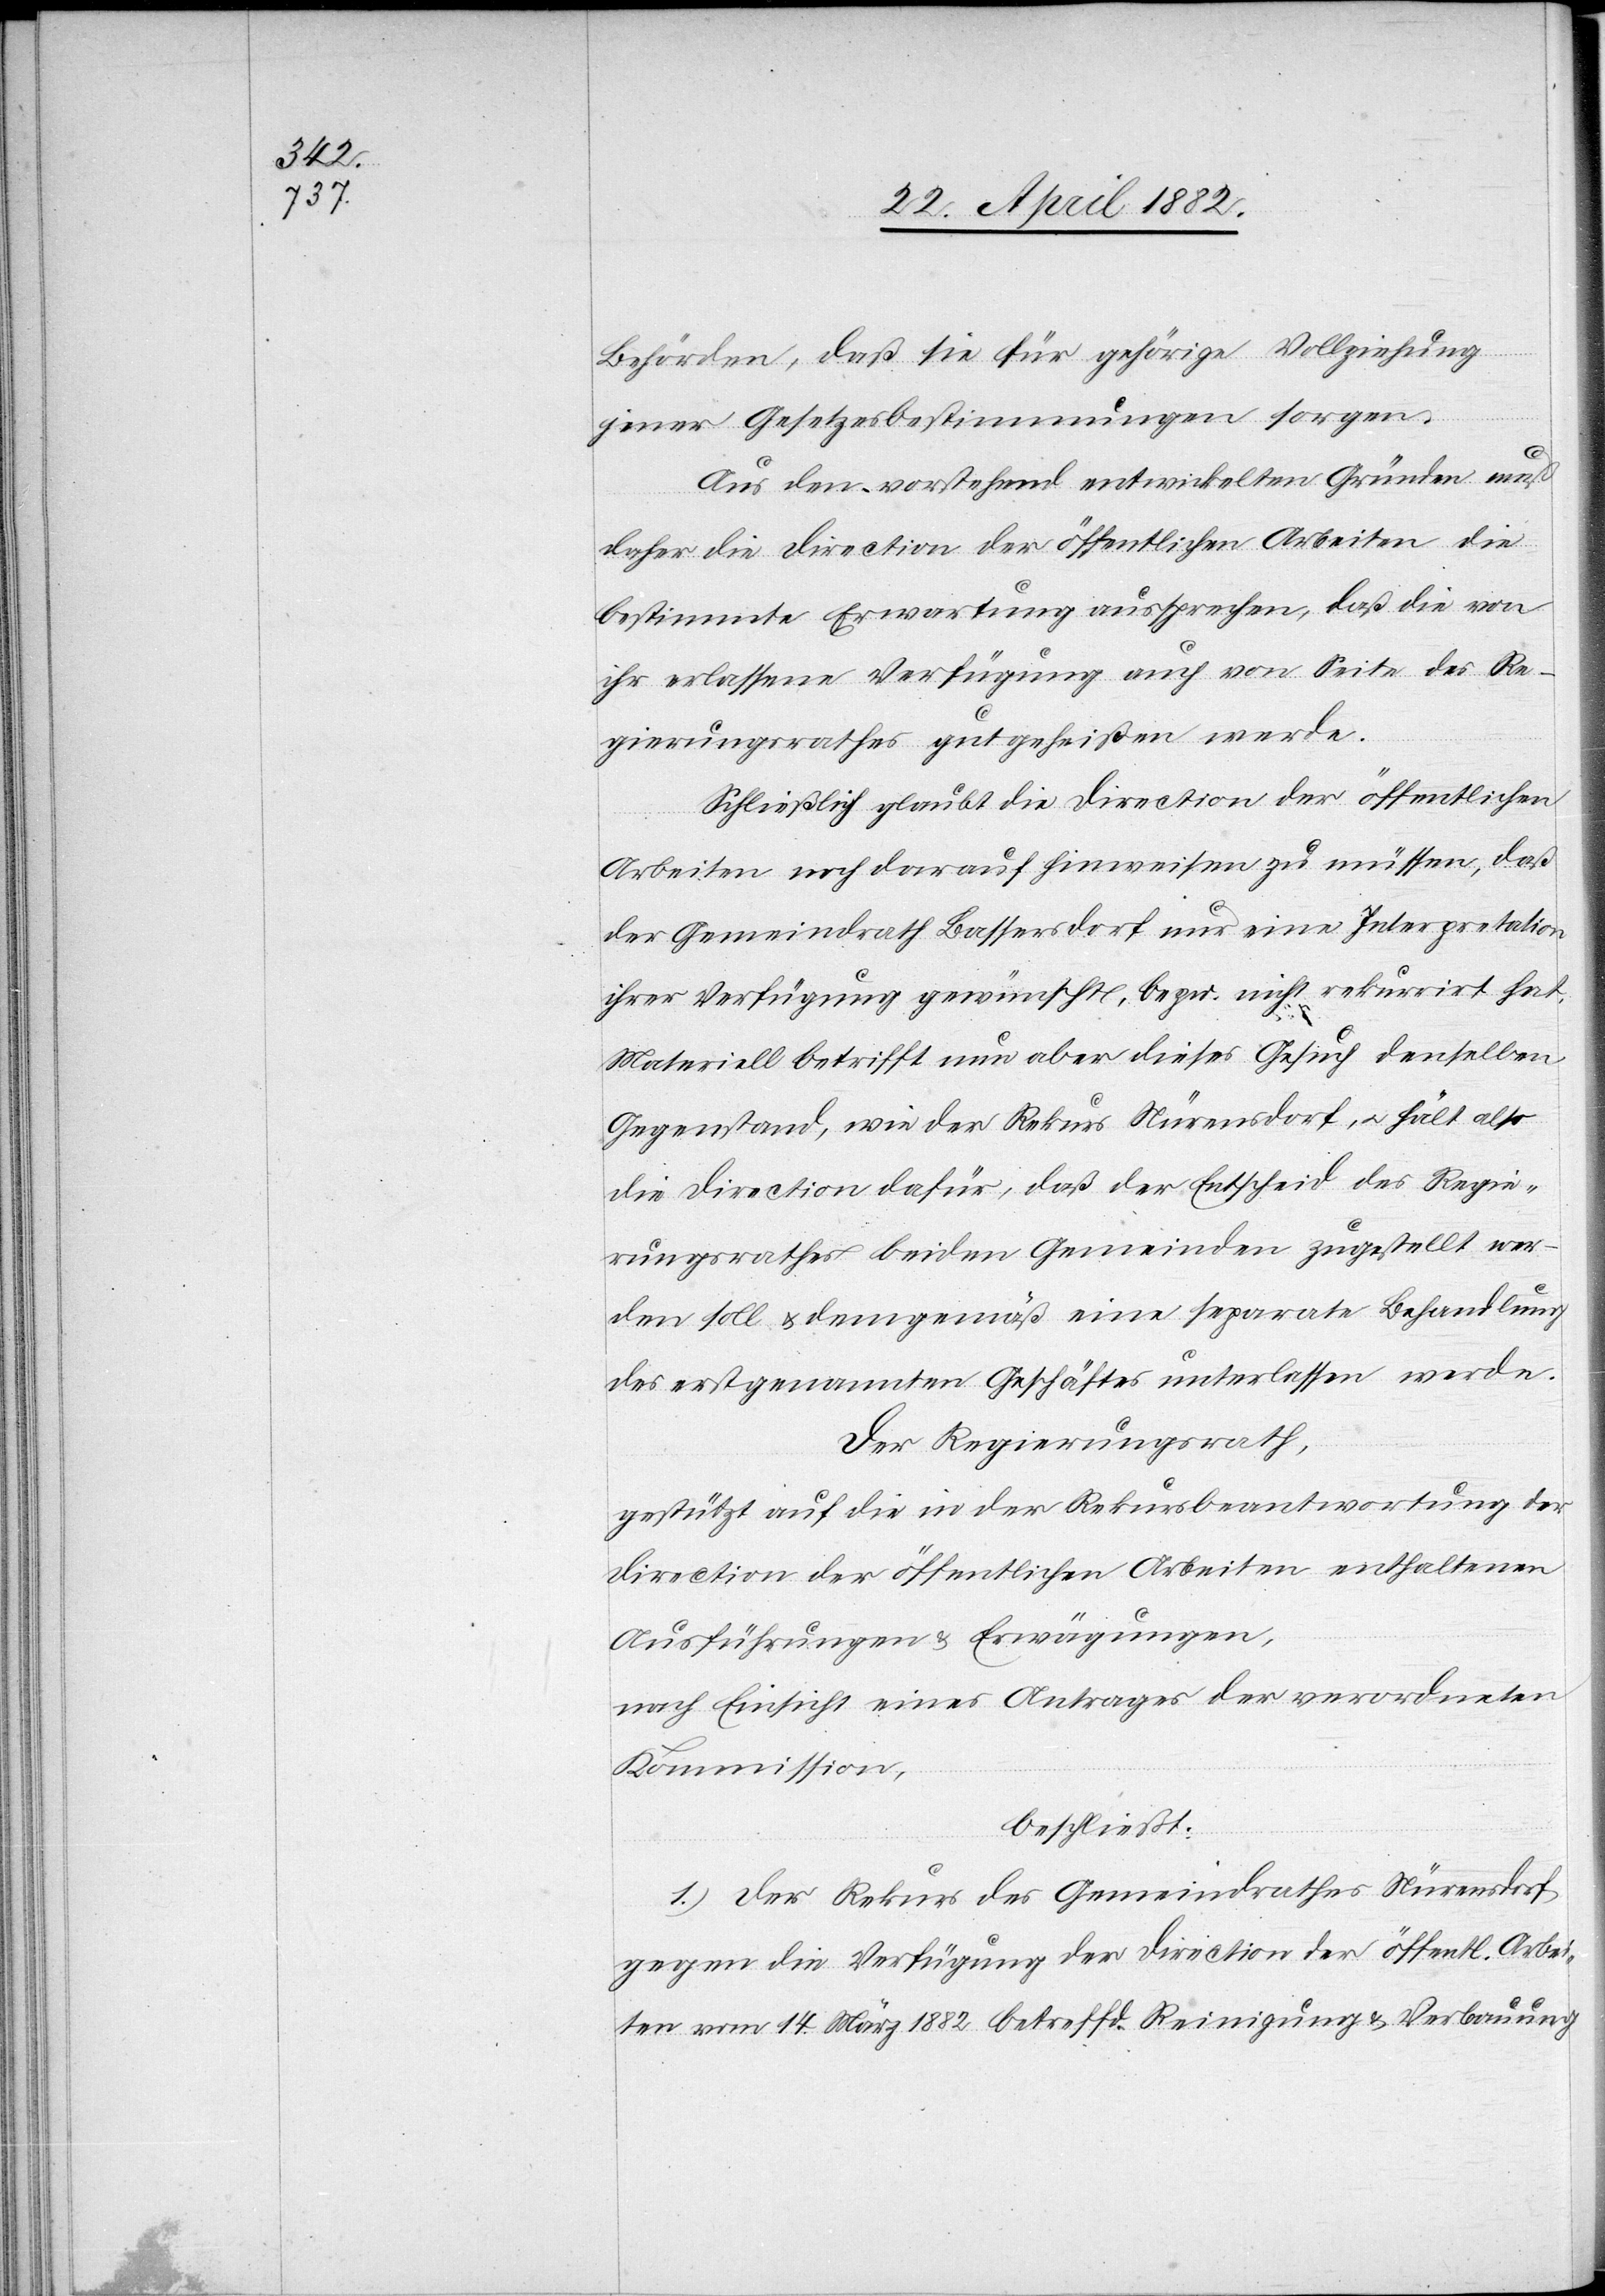
Behörden, daß sie für gehörige Vollziehung
jener Gesetzesbestimmungen sorgen.
Aus den vorstehend entwickelten Gründen muß
daher die Direction der öffentlichen Arbeiten die
bestimmte Erwartung aussprechen, daß die von
ihr erlassene Verfügung auch von Seite des Re¬
gierungsrathes gutgeheißen werde.
Schließlich glaubt die Direction der öffentlichen
Arbeiten noch darauf hinweisen zu müssen, daß
der Gemeindrath Bassersdorf nur eine Interpretation
ihrer Verfügung gewünscht, bezw. nicht rekurrirt hat.
Materiell betrifft nun aber dieses Gesuch denselben
Gegenstand, wie der Rekurs Nürensdorf, u. hält also
die Direction dafür, daß der Entscheid des Regie¬
rungsrathes beiden Gemeinden zugestellt wer¬
den soll & demgemäß eine separate Behandlung
des erstgenannten Geschäftes unterlassen werde.
Der Regierungsrath,
gestützt auf die in der Rekursbeantwortung der
Direction der öffentlichen Arbeiten enthaltenen
Ausführungen & Erwägungen,
nach Einsicht eines Antrages der verordneten
Kommission,
beschließt:
1. Der Rekurs des Gemeindrathes Nürensdorf
gegen die Verfügung der Direction der öffentl. Arbei¬
ten vom 14. März 1882 betreffd. Reinigung & Verbauung